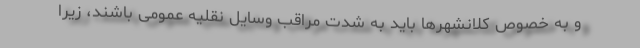
و به خصوص کلانشهرها باید به شدت مراقب وسایل نقلیه عمومی باشند، زیرا